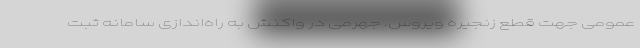
عمومی جهت قطع زنجیره ویروس. جهرمی در واکنش به راه‌اندازی سامانه ثبت